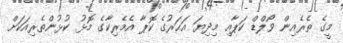
މީގެ ތެރެއިން ވޯލްޑް ކަޕާއި މިދިޔަ އަހަރުގެ ކޮޕާ އެމެރިކާގެ މޮޅު ކުޅުންތެރިއަކަށް